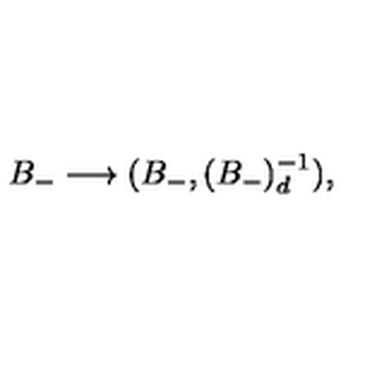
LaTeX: B _ { - } \longrightarrow ( B _ { - } , ( B _ { - } ) _ { d } ^ { - 1 } ) ,